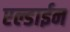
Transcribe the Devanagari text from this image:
एल्डाईन